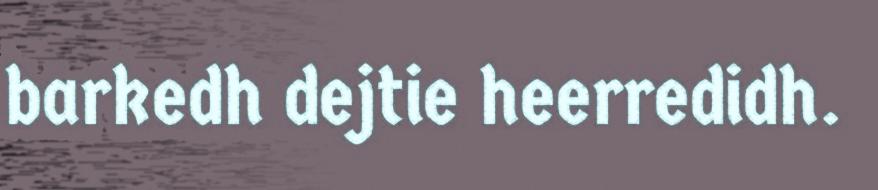
barkedh dejtie heerredidh.